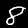
Digit: 8